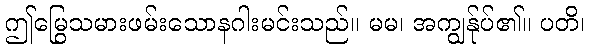
ဤမြွေသမားဖမ်းသောနဂါးမင်းသည်။ မမ၊ အကျွန်ုပ်၏။ ပတိ၊